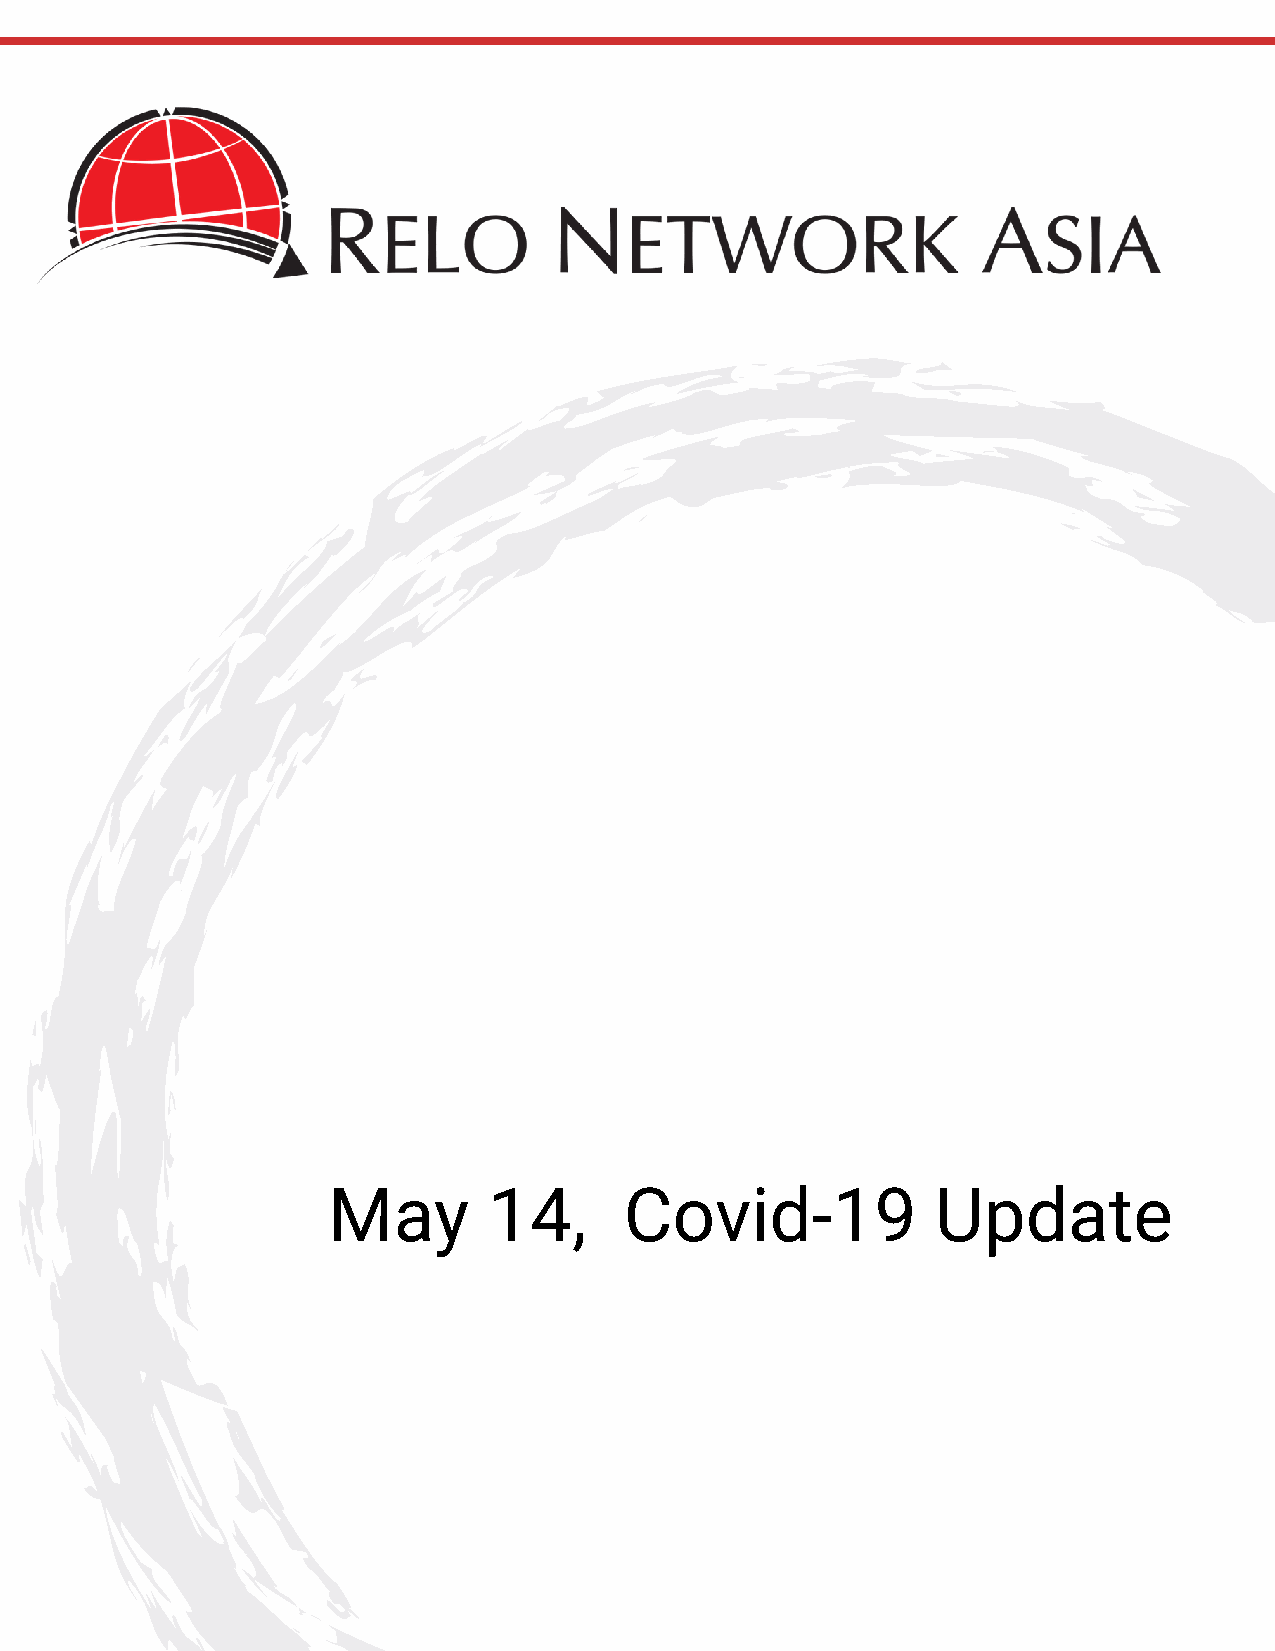
May       14,      Covid-19             Update